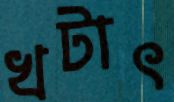
খটাৎ